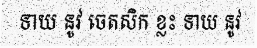
ទាយ នូវ ចេតសិក ខ្លះ ទាយ នូវ